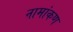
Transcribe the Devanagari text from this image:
नामांकण